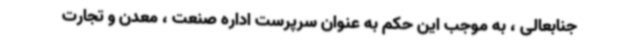
جنابعالی ، به موجب این حکم به عنوان سرپرست اداره صنعت ، معدن و تجارت